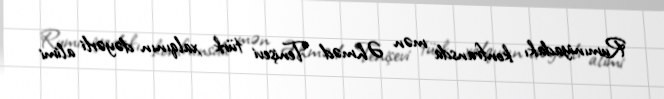
Rumıniyadakı konfransda mən Əhməd Tenişevi türk xalqının dəyərli alimi